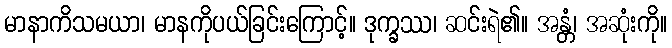
မာနာကိသမယာ၊ မာနကိုပယ်ခြင်းကြောင့်။ ဒုက္ခဿ၊ ဆင်းရဲ၏။ အန္တံ၊ အဆုံးကို။